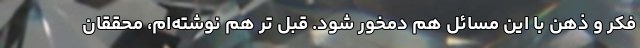
فکر و ذهن‌ با این مسائل هم دمخور شود. قبل تر هم نوشته‌ام، محققان